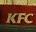
kfc